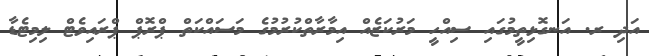
އަދި ރ. އަނގޮޅިތީމުގައި ސިއްހީ މަރުކަޒެއް އިމާރާތްކުރުމުގެ މަސައްކަތް ޕްރޮޕް ޕްރައިވެޓް ލިމިޓެޑާ